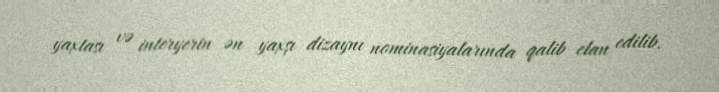
yaxtası və interyerin ən yaxşı dizaynı nominasiyalarında qalib elan edilib.